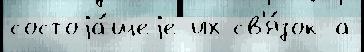
состоjа́щеjе их св'я́зок а